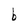
Character: b